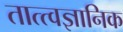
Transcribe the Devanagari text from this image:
तात्त्वज्ञानिक